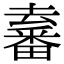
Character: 𤳛